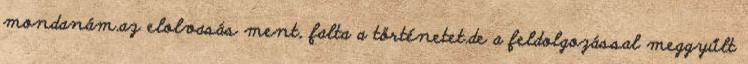
mondanám.az elolvasás ment, falta a történetet.de a feldolgozással meggyűlt